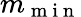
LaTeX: m_{\mathrm{~m~i~n~}}